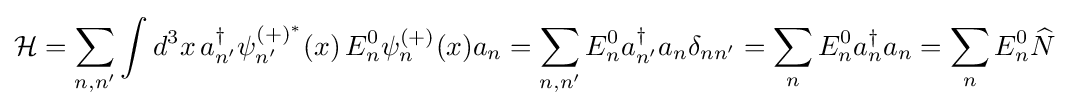
{\mathcal {H}}=\sum _{n,n'}\int d^{3}x\,a_{n'}^{\dagger }\psi _{n'}^{(+)^{*}}(x)\,E_{n}^{0}\psi _{n}^{(+)}(x)a_{n}=\sum _{n,n'}E_{n}^{0}a_{n'}^{\dagger }a_{n}\delta _{nn'}=\sum _{n}E_{n}^{0}a_{n}^{\dagger }a_{n}=\sum _{n}E_{n}^{0}{\widehat {N}}